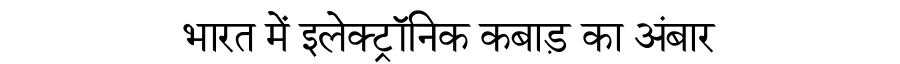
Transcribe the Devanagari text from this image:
भारत में इलेक्ट्रॉनिक कबाड़ का अंबार